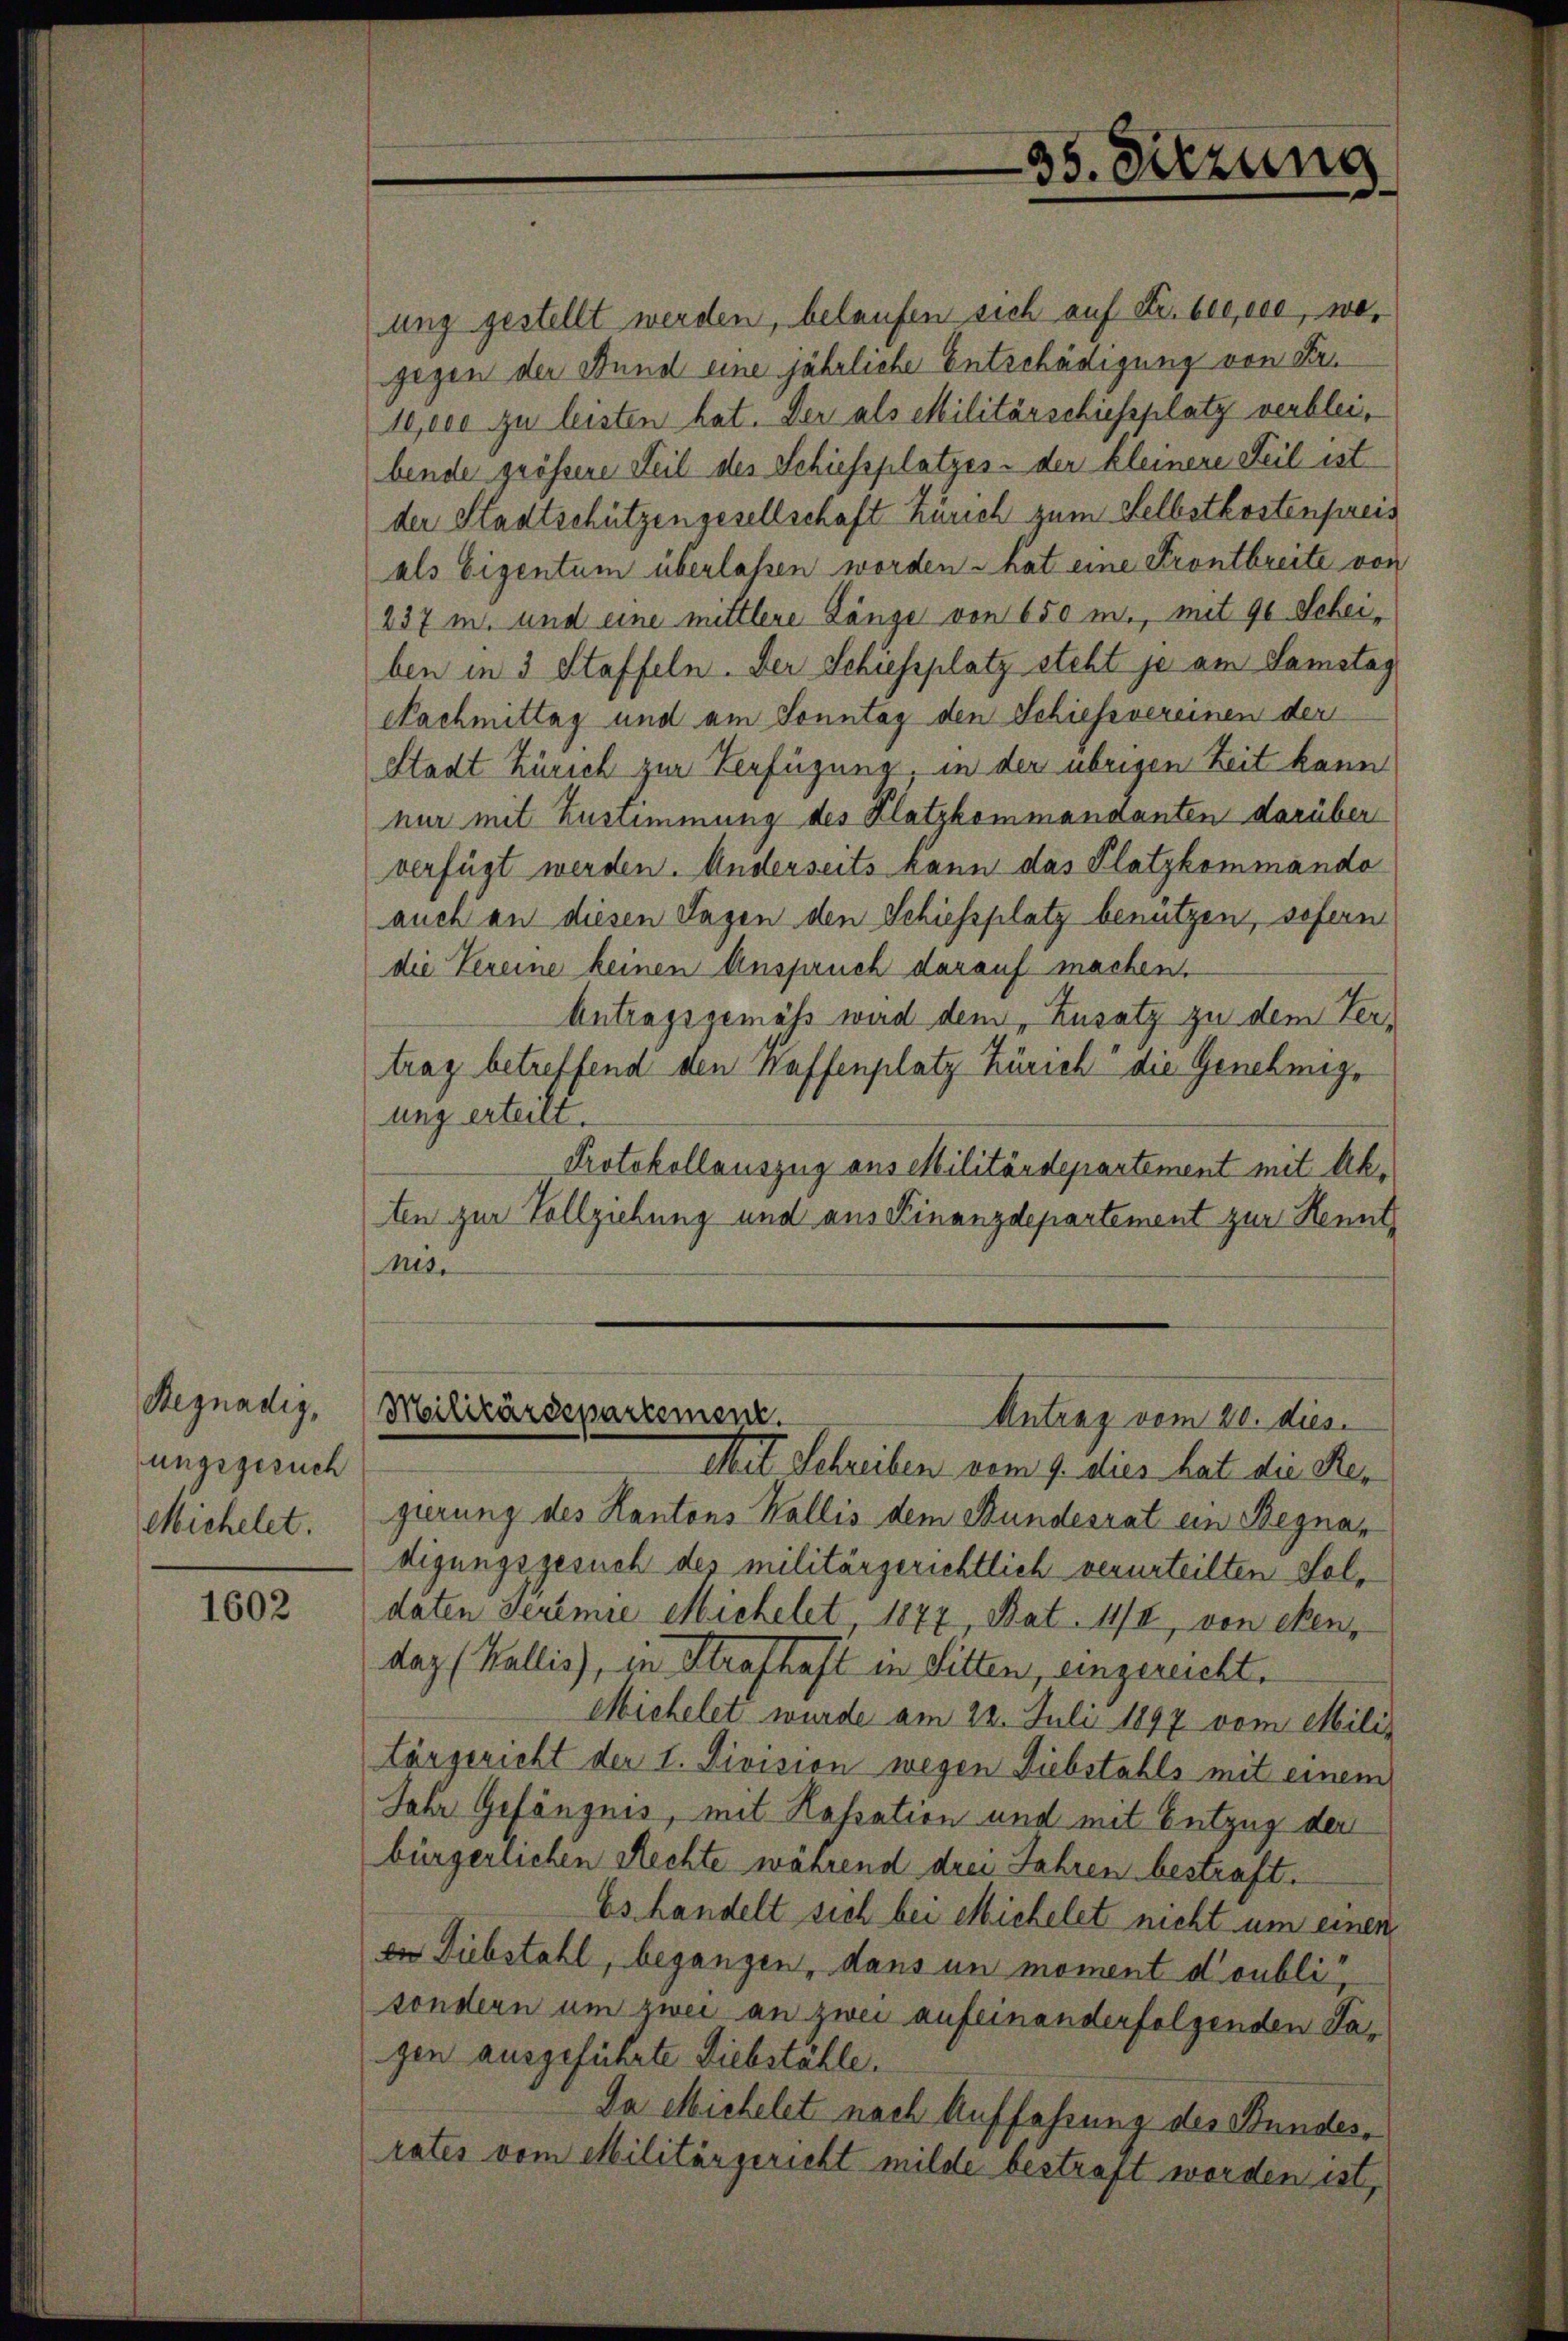
Regnadig,
ungsgesuch
Michelet.

1602

ung gestellt werden, belaufen sich auf Fr. beeise, wogegen der Stund eine jährliche Entschädigung von Fr.
10,000 zu leisten hat. Der als Militärschiessplatz verbleibende größere Teil des Schiessplatzes der kleinere Teil ist
der Stadtschützengesellschaft Zürich zum Selbstkostenpreis
als Eigentum überlassen worden hat eine Frontbreite von
237 m. und eine mittlere Länge von 650 m., mit 90 Scheiben in 3 Staffeln. Der Schiessplatz steht je am Samstag
Nachmittag und am Sonntag den Schiessvereinen der
Stadt Zürich zur Verfügung, in der übrigen Zeit kann
nur mit Zustimmung des Klotzkommandanten darüber
verfügt werden. Anderseits kann das Platzkommando
auch an diesen Tagen den Schiessplatz benützen, sofern
die Vereine keinen Anspruch darauf machen.
Antragsgemäss wird dem Zusatz zu dem Vertrag betreffend den Kaffenplatz Zürich die Genehmigung erteilt.
Protokollauszug aus Militärdepartement mit Akten zur Vollziehung und aus Finanzdepartement zur Kenntnis.
Militärdepartement.
Antrag vom 20. dies
Mit Schreiben vom 9. dies hat die Regierung des Kantons Wallis dem Bundesrat ein Begnar
digungsgesuch des militärgerichtlich verurteilten Feldaten Seremie Michelet, 1877, Bat. 11/4 von eben,
daz (Wallis), in Strafhaft in Sitten, eingereicht.
Michelet wurde am 22. Juli 1897 vom Miliz
tärgericht der I. Division wegen Diebstahls mit einem
Jahr Gefängnis, mit Kassation und mit Entzug der
bürgerlichen Rechte während drei Jahren bestraft.
Es handelt sich bei Michelet nicht um einen
en Diebstahl, begangen, dans un moment doubli
sondern um zwei an zwei aufeinanderfolgenden Sagen ausgeführte Liebstähle.
Da Michelet nach Auffassung des Bundesrates vom Militärgericht milde bestraft worden ist,

35. Sitzung